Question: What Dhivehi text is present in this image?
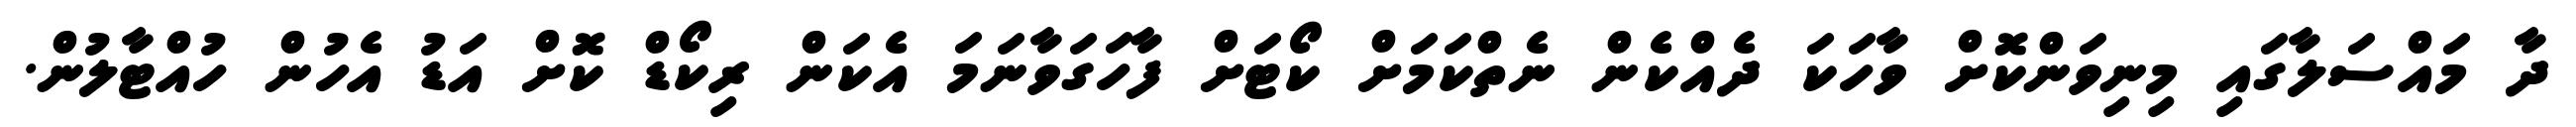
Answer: ދާ މައްސަލާގައި މިނިވަންކޮށް ވާހަކަ ދެއްކެން ނެތްކަމަށް ކޯޓަށް ފާހަގަވާނަމަ އެކަން ރިކޯޑް ކޮށް އަޑު އެހުން ހުއްޓާލުން.